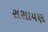
રાસાયણ